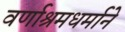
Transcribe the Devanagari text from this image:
वर्णाश्रमधर्माने